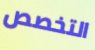
التخصص